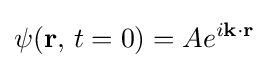
\psi (\mathbf {r} ,\,t=0)=Ae^{i\mathbf {k\cdot r} }